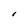
Character: I